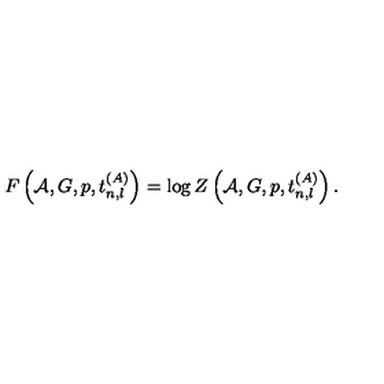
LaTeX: F \left( { \cal A } , G , p , t _ { n , l } ^ { ( A ) } \right) = \log Z \left( { \cal A } , G , p , t _ { n , l } ^ { ( A ) } \right) .